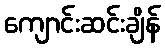
ကျောင်းဆင်းချိန်